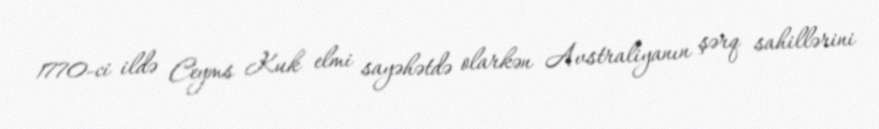
1770-ci ildə Ceyms Kuk elmi sayəhətdə olarkən Avstraliyanın şərq sahillərini